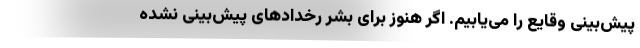
پیش‌بینی وقایع را می‌یابیم. اگر هنوز برای بشر رخدادهای پیش‌بینی نشده